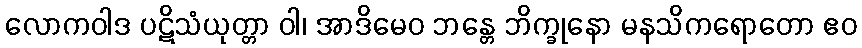
လောကဝါဒ ပဋိသံယုတ္တာ ဝါ၊ အာဒိမေဝ ဘန္တေ ဘိက္ခုနော မနသိကရောတော ဧဝ